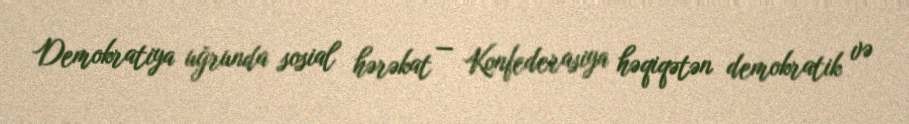
Demokratiya uğrunda sosial hərəkat — Konfederasiya həqiqətən demokratik və